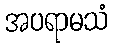
အပရာမသံ